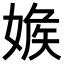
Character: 𡞥